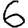
Digit: 6